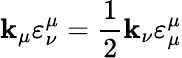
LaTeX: \mathbf{k}_{\mu}\varepsilon_{\nu}^{\mu}=\frac{{1}}{{2}}\mathbf{k}_{\nu}\varepsilon_{\mu}^{\mu}